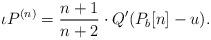
LaTeX: \begin{align*}\iota P^{(n)} = \frac{n+1}{n+2} \cdot Q' (P_b[n] - u).\end{align*}